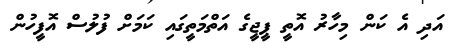
އަދި އެ ކަން މިހާރު އޮތީ ޕީޖީގެ އަތްމަތީގައި ކަމަށް ފުލުސް އޮފީހުން